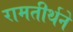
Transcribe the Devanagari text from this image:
रामतीर्थने